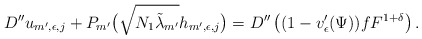
\begin{align*}D''u_{m',\epsilon,j}+P_{m'}\big(\sqrt{N_1 \tilde{\lambda}_{m'}}h_{m',\epsilon,j}\big)=D''\left((1-v'_{\epsilon}(\Psi))fF^{1+\delta}\right).\end{align*}